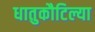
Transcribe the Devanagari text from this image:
धातुकौटिल्या